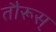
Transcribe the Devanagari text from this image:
तौरूस्